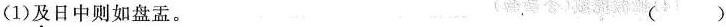
(1)\underset{·}{及}日中则如盘盂。 ( )